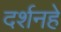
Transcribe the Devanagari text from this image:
दर्शनहे